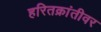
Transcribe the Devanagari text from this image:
हरितक्रांतीवर